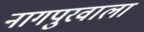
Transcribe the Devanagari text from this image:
नागपुरवाला